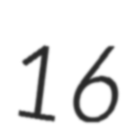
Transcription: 16